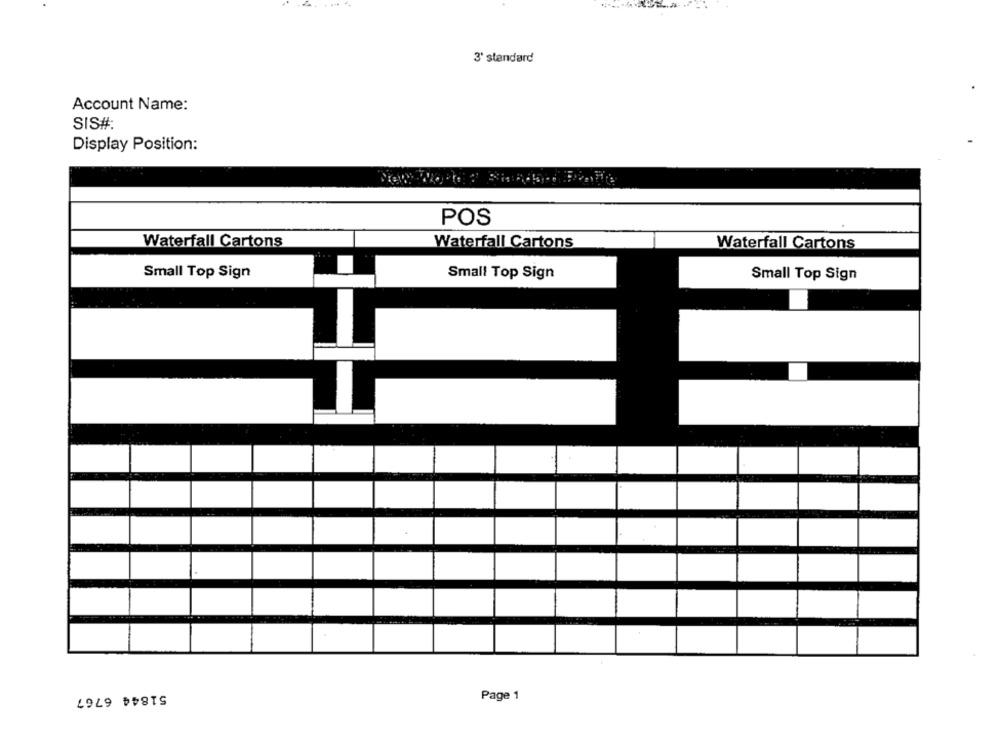
3' standard
Account Name:
SIS#
Display Position:
POS
Waterfall Cartons
Waterfall Cartons
Waterfall Cartons
Small Top Sign
Small Top Sign
Small Top Sign
51844 6767
Page 1